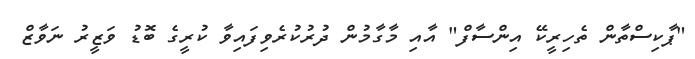
"ޕާކިސްތާން ތެހިރީކޭ އިންސާފް" އާއި މާގާމުން ދުރުކުރެވިފައިވާ ކުރީގެ ބޮޑު ވަޒީރު ނަވާޒް